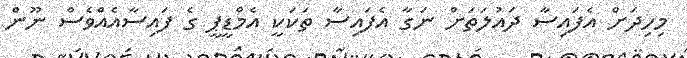
މިހިދަށް އެފައިސާ ދައުލަތަށް ނަގާ އެފައިސާ ތަކަކީ އެމްޑީޕީ ގެ ފައިސާއެއްވެސް ނޫން